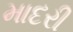
માદરી